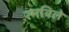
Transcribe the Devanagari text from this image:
रमविले